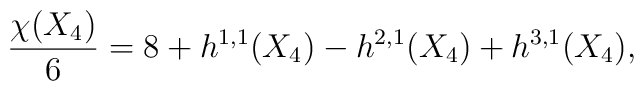
{\chi(X_4)\over6}=8+h^{1,1}(X_4)-h^{2,1}(X_4)+h^{3,1}(X_4),